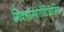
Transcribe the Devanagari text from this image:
मिक्सोस्पोरोडिऑसिस